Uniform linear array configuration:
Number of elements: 32
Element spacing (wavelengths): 1
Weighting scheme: cosine
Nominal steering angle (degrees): -60
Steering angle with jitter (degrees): -60.289
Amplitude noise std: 0.05
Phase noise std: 0.05

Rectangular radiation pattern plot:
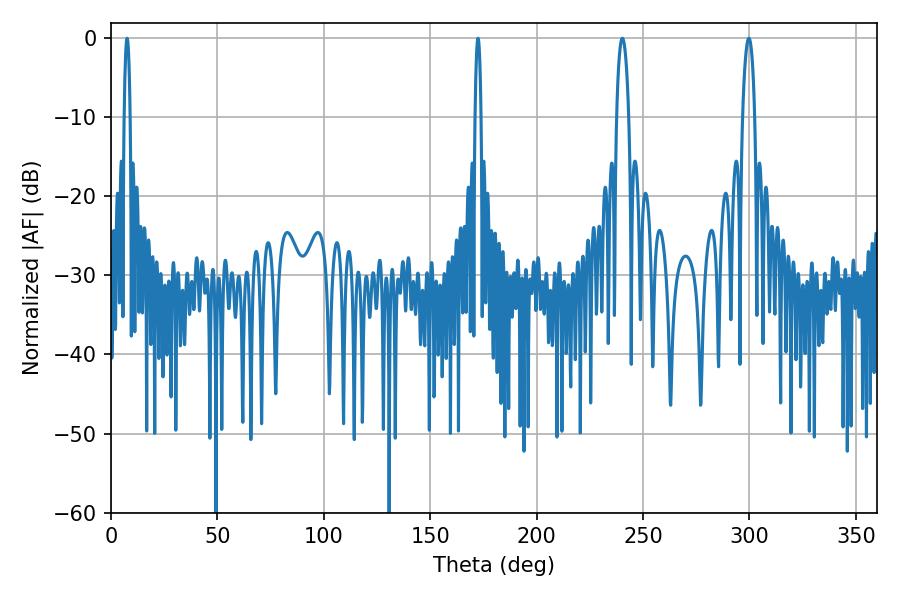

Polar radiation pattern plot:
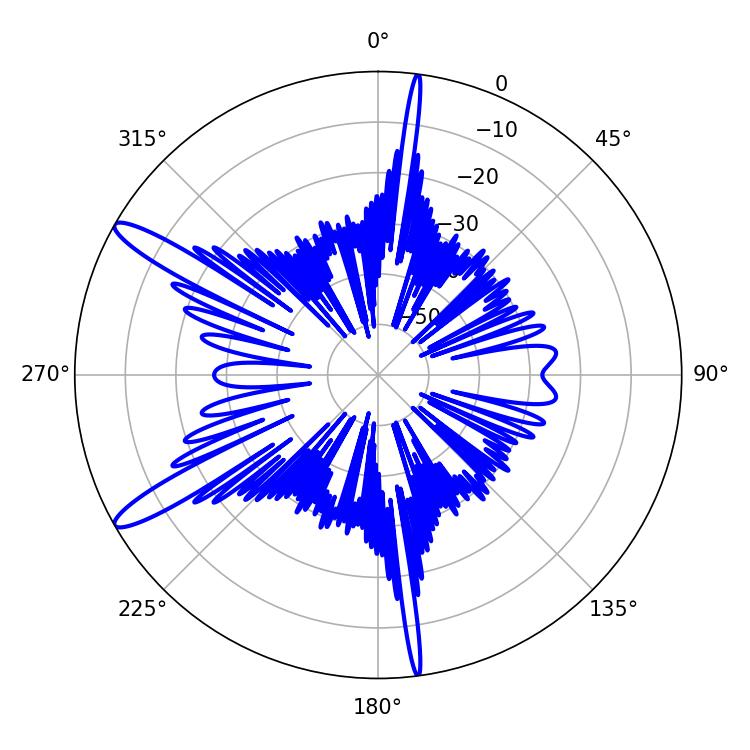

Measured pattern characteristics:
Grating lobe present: TRUE
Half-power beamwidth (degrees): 1.44
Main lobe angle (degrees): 7.56